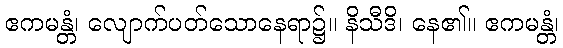
ဧကမန္တံ၊ လျောက်ပတ်သောနေရာ၌။ နိသီဒိ၊ နေ၏။ ဧကမန္တံ၊